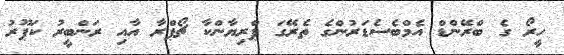
ހީރޯ ގެ ބްރޭންޑް އެމްބެސެޑަރުންގެ ތެރޭގަ ޕްރިޔާންކާ ޗޯޕްރާ އާއި ރަންބީރު ކަޕޫރު